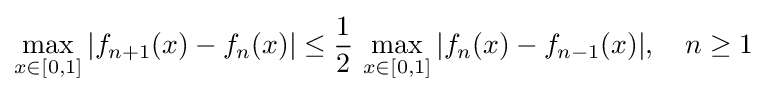
\max _{x\in [0,1]}|f_{n+1}(x)-f_{n}(x)|\leq {\frac {1}{2}}\,\max _{x\in [0,1]}|f_{n}(x)-f_{n-1}(x)|,\quad n\geq 1